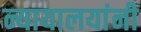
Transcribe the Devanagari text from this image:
न्यायालयांनी